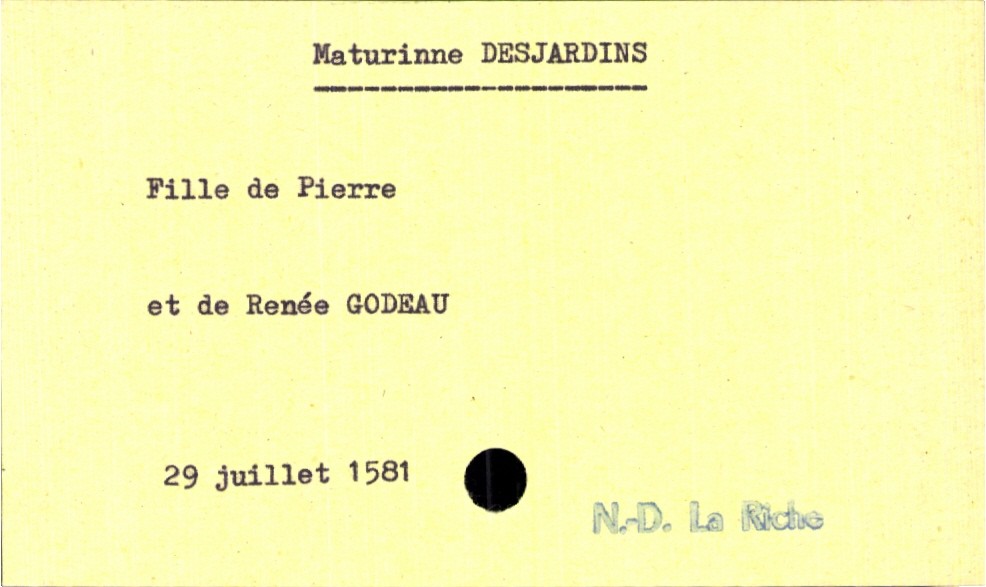
type_acte: Baptême
filiation: fille
enfant_prénom: Maturinne
enfant_date_de_naissance: 29 juillet 1581
enfant_lieu_de_naissance: Notre-Dame La Riche
père_enfant_nom: Desjardins
père_enfant_prénom: Pierre
mère_enfant_nom: Godeau
mère_enfant_prénom: Renée